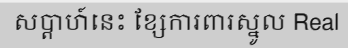
សប្តាហ៍នេះ ខ្សែការពារស្នូល Real